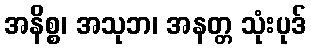
အနိစ္စ၊ အသုဘ၊ အနတ္တ သုံးပုဒ်